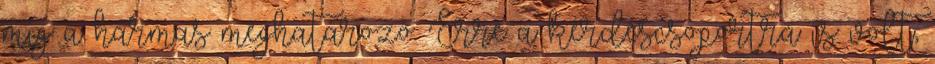
míg a hármas meghatározó. Erre a kérdéscsoportra is volt,